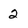
Character: 2